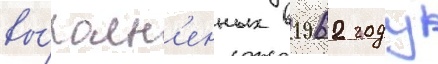
вы́полн'енных в 1962 году